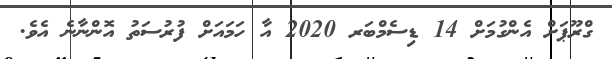
ގްރޫޕަށް އެންގުމަށް 14 ޑިސެމްބަރ 2020 އާ ހަމައަށް ފުރުސަތު އޮންނާނެ އެވެ.